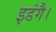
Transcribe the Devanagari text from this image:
इडंगै।